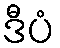
ဒီပံ